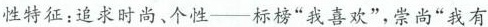
性特征：追求时尚，个性--标榜”我喜欢”，崇尚”我有